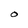
Character: O